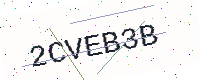
Text: 2CVEB3B